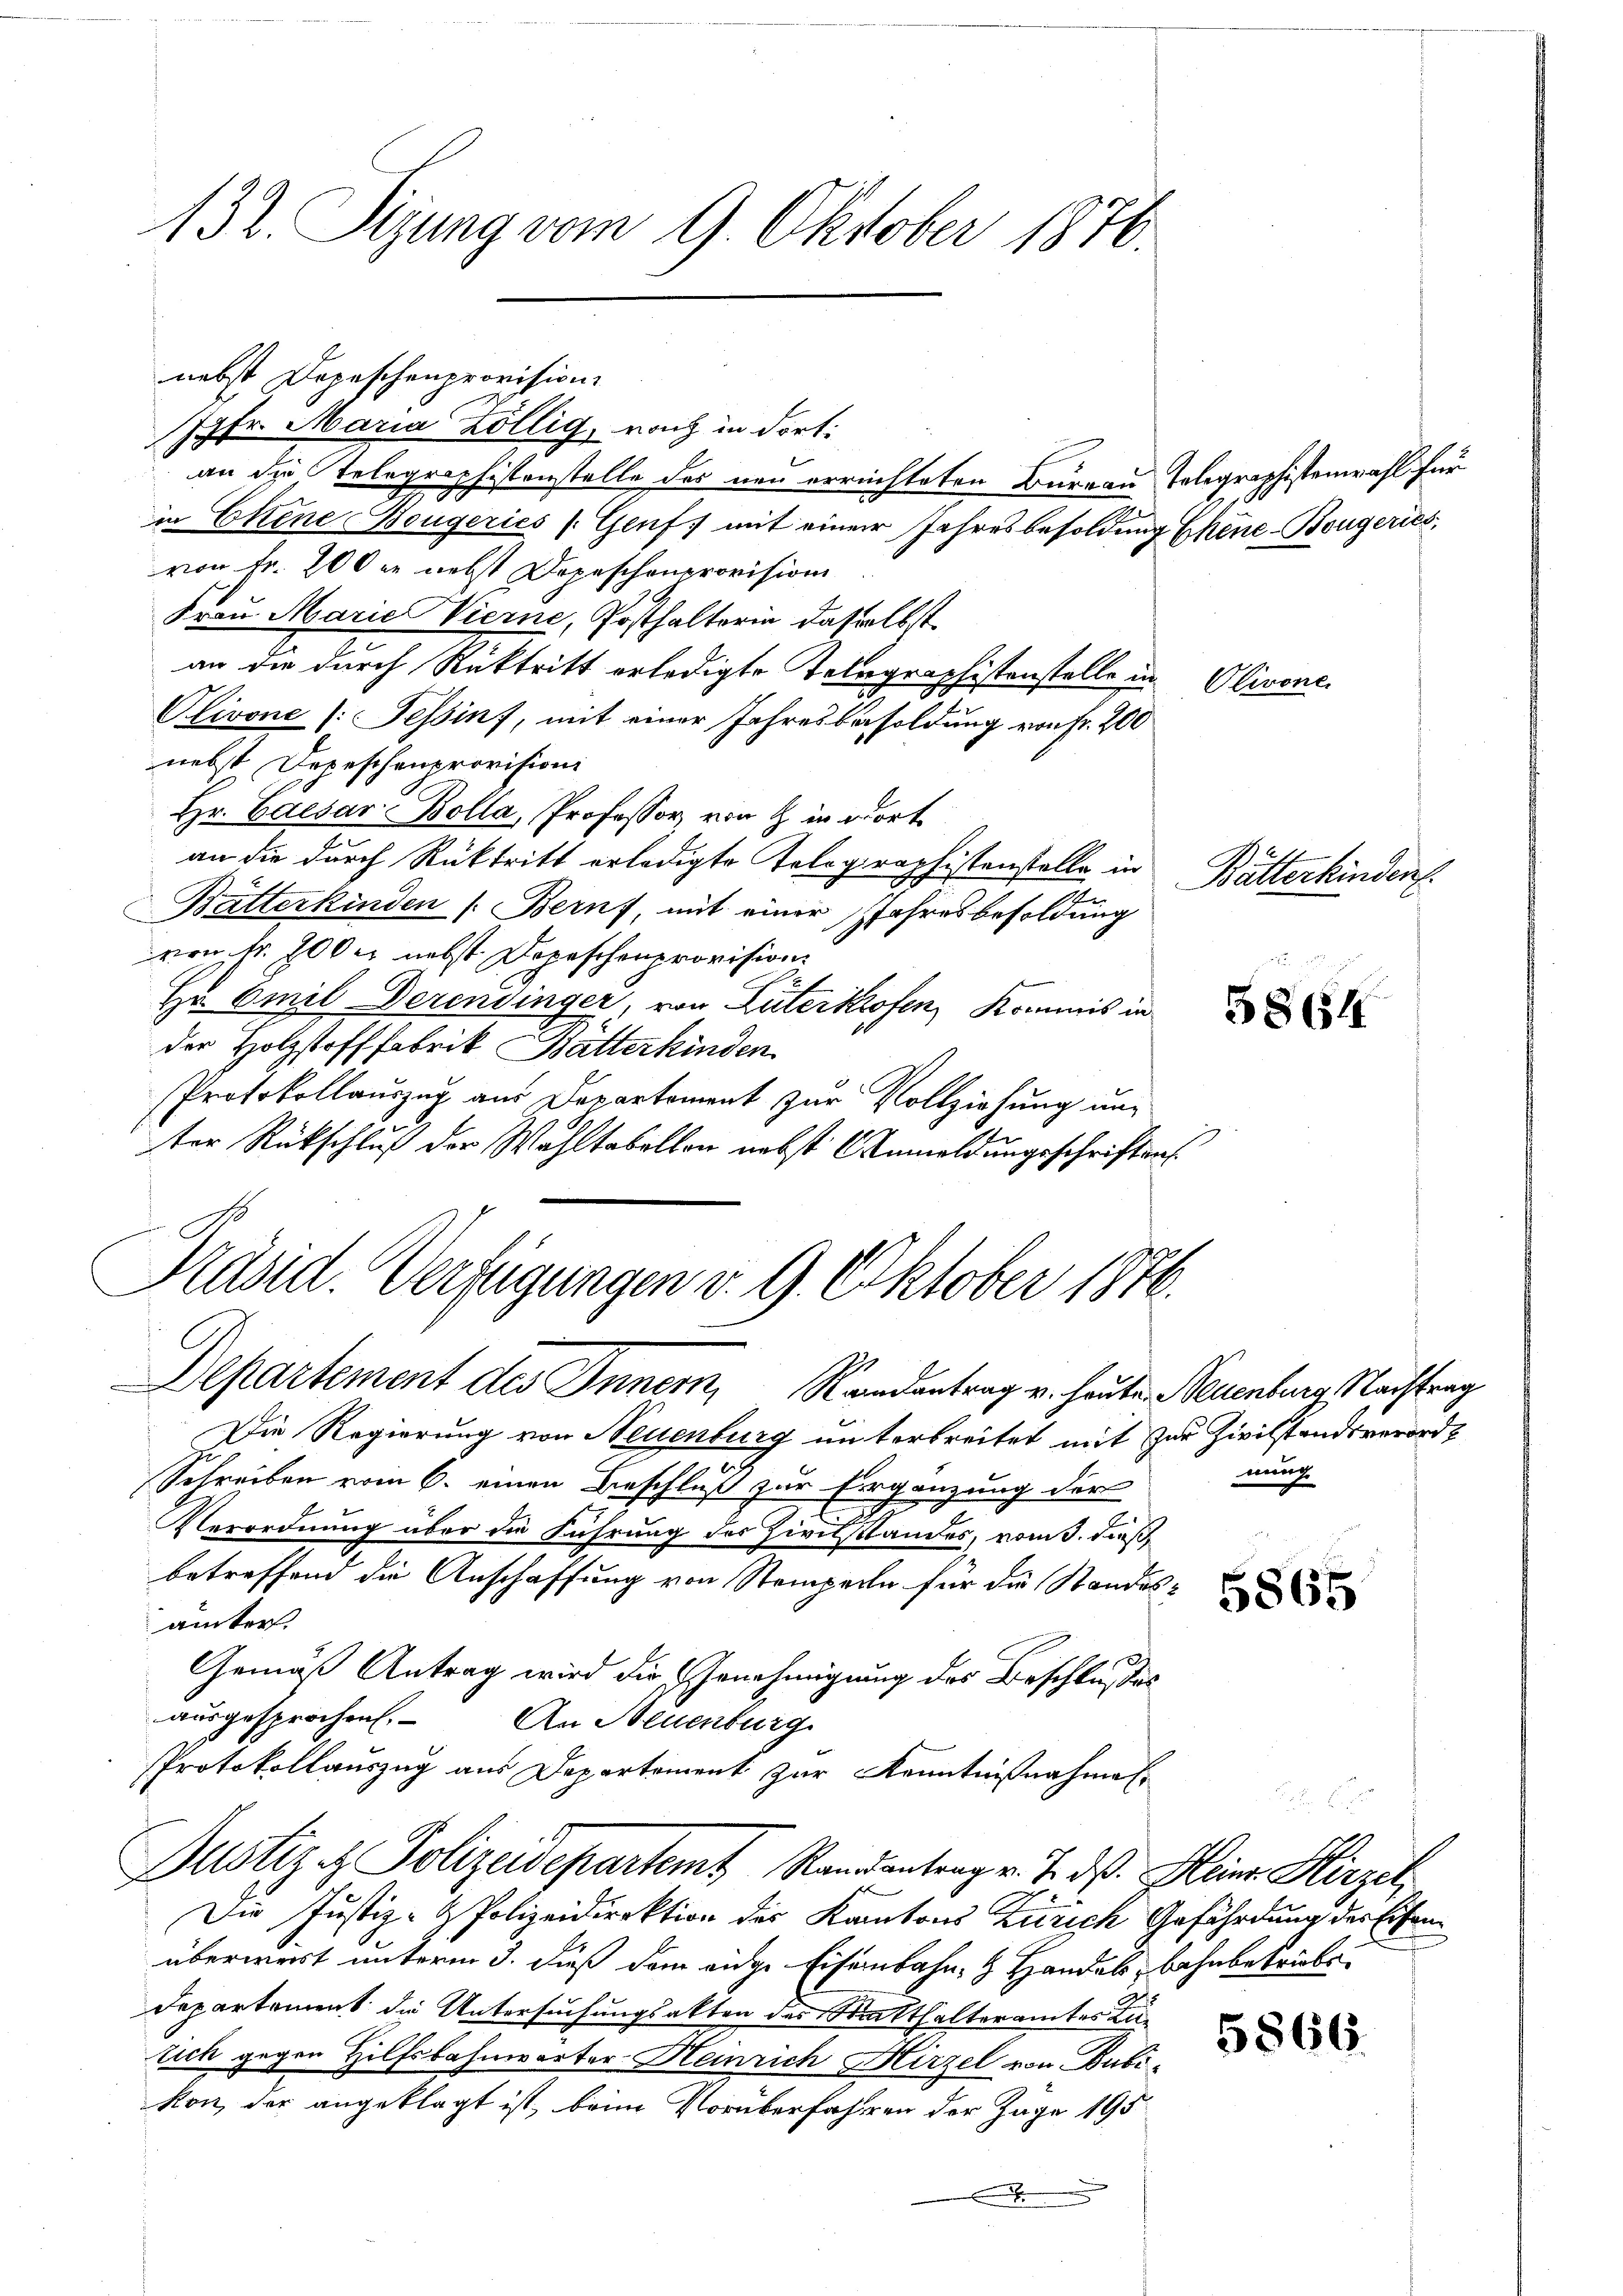
132. Sizung vom 9. Oktober 1876.

Jgfr. Maria Köllig, nach in dort:
an die Telegraphistenstelle des neu errechteten Bureau Telegraphistenwahl für
in Ettene Bougerics (Genf, mit einem Jahresbesoldung Chine-Bougeries,
von Fr. 200 er nebst Depeschenprovision
Frau Marie Vierne, Posthalterin dasselbst
an die durch Rücktritt erledigte Telegraphistenstelle in Olivone
Olivone (Tessin, mit einer Jahresbesoldung von Fr. 200
nebst Depeschenprovisioni
Hr. Caesar Bolla, Professor von in dort
an die durch Rücktritt erledigte Tolographistenstelle in
Bätterkinden Beruf, mit einer Jahresbesoldung
von Nr. 700 er nebst Depeschenprovision
Hr. Emil Derendinger, von Luterkofen, Kommis in
der Holzstoff fabrik Butterkinden
Protokollauszug aus Departement zur Vollziehung unter Rückschluß der Wahltabellon nebst (Anmeldungsschriften

nebst Depeschenprovision

Präsid. Verfügungen v. 9. Oktober 1876.
Departement des Inner, Randentrag u. heute Neuenburg Nachtrag

Die Regierung von Neuenburg unterbreitet mit zur Zivilstandsverord¬
Schreiben vom 6. einen Beschluß zur Ergänzung der
Verordnung über die Führung des Zivilstandes, vom 3. dieß,
betreffend die Anschaffung von Stemperln für die Standes
ämter.
Gemäß Antrag wird die Genehmigung des Beschlußes
ausgesprochen.
An Neuenburg.
Protokollauszug aus Departement zur Kenntnißnahmen
Justiz & Polizeidepartemt Randantrag v. 7. ds. Heinr. Hirzel
Die Justiz- & Polizeidirektion des Kantons Zürich Gefährdung der Eisenüberweist unterm 3. dieß dem eidge Eisenbahn, H. Handels, bahnbetriebe¬
Departement die Untersuchungsakten des Statthalteramtes Zutich gegen Hilfsbahnwärter Heinrich Hirzel von Bubikon, der angeklagt ist, beim Vorüberfahren der Jage 195
.

Bätterhinden.

3864

nung

5866.